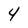
Character: 4